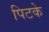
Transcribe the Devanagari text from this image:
पिटके